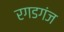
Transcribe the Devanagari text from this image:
रगडगंज